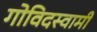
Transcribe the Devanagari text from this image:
गोविदस्वामी